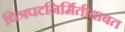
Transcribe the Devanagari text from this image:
चित्रपटनिर्मितीबाबत